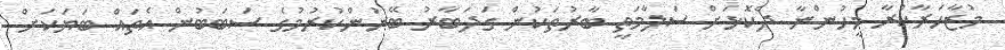
މުޒާހަރާކުރާ މީހުންނާ ދެކޮޅަށް ސަލާމަތީ ބާރުތަކުން ގަދަބާރު ބޭނުންކުރުމުގެ ސަބަބުން އެތައް ބަޔަކަށް